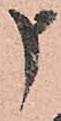
申